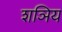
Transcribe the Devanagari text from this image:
शञिय